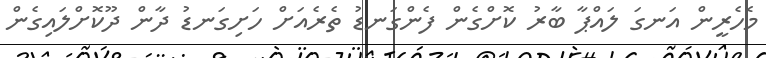
މެހެރީން އަނގަ ލައްޕާ ބާރު ކޮށްގެން ފެންގަނޑު ތެރެއަށް ހަށިގަނޑު ދާން ދޫކޮށްލައިގެން